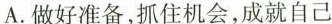
A.做好准备，抓住会，成就自己